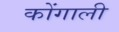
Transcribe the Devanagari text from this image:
कोंगाली